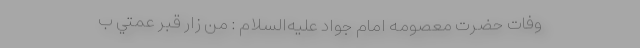
وفات حضرت معصومه امام جواد عليه‌السلام : مَن زارَ قَبرَ عَمَّتي ب